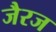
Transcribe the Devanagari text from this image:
जैरज